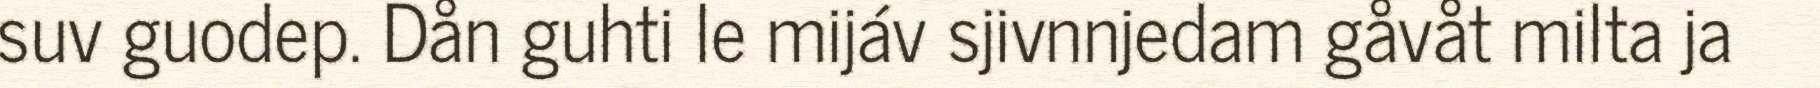
suv guodep. Dån guhti le mijáv sjivnnjedam gåvåt milta ja